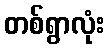
တစ်ရွာလုံး